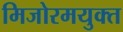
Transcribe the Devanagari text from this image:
मिजोरमयुक्त